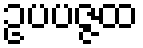
ဥပပဇ္ဇထ